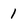
Character: 1